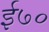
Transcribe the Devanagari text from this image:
ई७०